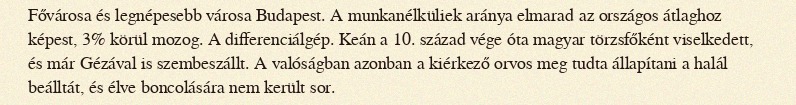
Fővárosa és legnépesebb városa Budapest. A munkanélküliek aránya elmarad az országos átlaghoz képest, 3% körül mozog. A differenciálgép. Keán a 10. század vége óta magyar törzsfőként viselkedett, és már Gézával is szembeszállt. A valóságban azonban a kiérkező orvos meg tudta állapítani a halál beálltát, és élve boncolására nem került sor.